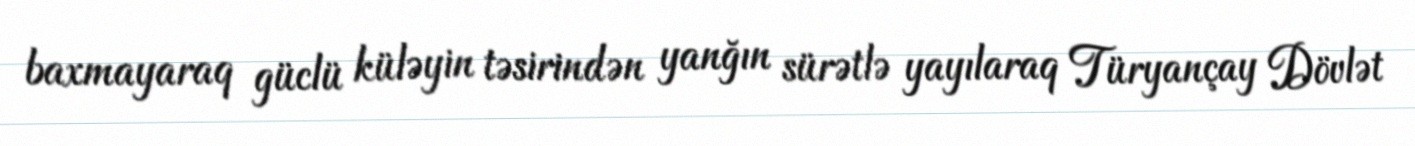
baxmayaraq güclü küləyin təsirindən yanğın sürətlə yayılaraq Türyançay Dövlət